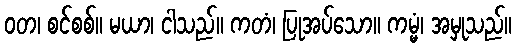
ဝတ၊ စင်စစ်။ မယာ၊ ငါသည်။ ကတံ၊ ပြုအပ်သော။ ကမ္မံ၊ အမှုသည်။